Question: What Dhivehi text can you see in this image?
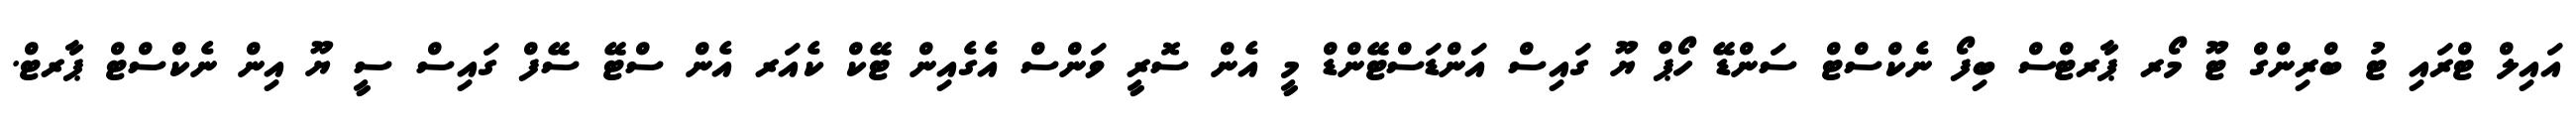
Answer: އައިލް ޓްރައި ޓު ބްރިންގް ޓޫ މޯރ ޕާރޓްސް ބިފޯ ނެކްސްޓް ސަންޑޭ ހޯޕް ޔޫ ގައިސް އަންޑަސްޓޭންޑް މީ އެން ސޮރީ ވަންސް އެގެއިން ޓޭކް ކެއަރ އެން ސްޓޭ ސޭފް ގައިސް ސީ ޔޫ އިން ނެކްސްޓް ޕާރޓް.